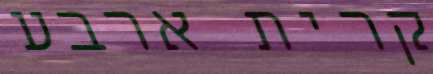
קרית ארבע